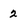
Character: 2